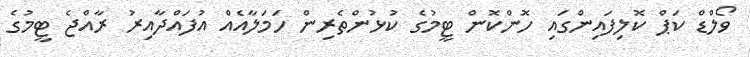
ވޯލްޑް ކަޕް ކޮލިފައިންގައި ހޮންކޮން ޓީމުގެ ކުޅުންތެރިން ހަމަލާއެއް އުފައްދާއިރު ރާއްޖެ ޓީމުގެ